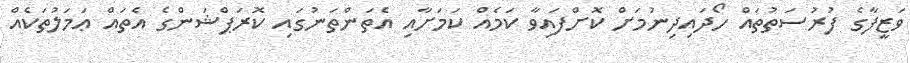
ވަޒީފާގެ ފުރުސަތުތައް ހޯދައިދިނުމަށް ކޮށްފައިވާ ކަމެއް ކަމަށާއި އެތަންތަނުގައި ކޮރަޕްޝަންގެ އެތައް ޢަމަލުތަކެއް